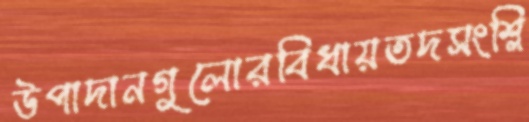
উপাদানগুলোরবিধায়তদসংশ্লি